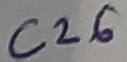
Text: C26